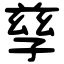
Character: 孳